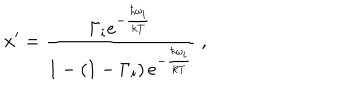
LaTeX: x ^ { \prime } = \frac { \Gamma _ { i } e ^ { - { \frac { \hbar \omega _ { i } } { k T } } } } { 1 - \left( 1 - \Gamma _ { i } \right) e ^ { - { \frac { \hbar \omega _ { i } } { k T } } } } \; ,